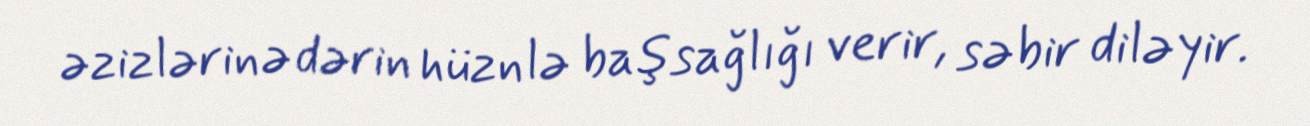
əzizlərinə dərin hüznlə başsağlığı verir, səbir diləyir.